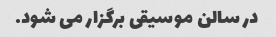
در سالن موسیقی برگزار می شود.